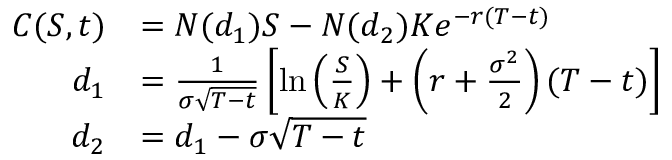
{ \begin{array} { r l } { C ( S , t ) } & { = N ( d _ { 1 } ) S - N ( d _ { 2 } ) K e ^ { - r ( T - t ) } } \\ { d _ { 1 } } & { = { \frac { 1 } { \sigma { \sqrt { T - t } } } } \left[ \ln \left( { \frac { S } { K } } \right) + \left( r + { \frac { \sigma ^ { 2 } } { 2 } } \right) ( T - t ) \right] } \\ { d _ { 2 } } & { = d _ { 1 } - \sigma { \sqrt { T - t } } } \end{array} }